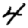
Digit: 4